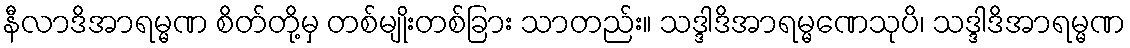
နီလာဒိအာရမ္မဏ စိတ်တို့မှ တစ်မျိုးတစ်ခြား သာတည်း။ သဒ္ဒါဒိအာရမ္မဏေသုပိ၊ သဒ္ဒါဒိအာရမ္မဏ